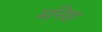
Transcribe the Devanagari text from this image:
मनिश